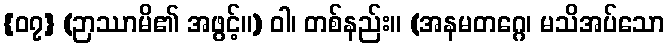
{၀၇} (ဉာဿာမိ၏ အဖွင့်။) ဝါ၊ တစ်နည်း။ (အနမတဂ္ဂေ၊ မသိအပ်သော